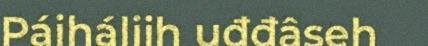
Páiháliih uđđâseh